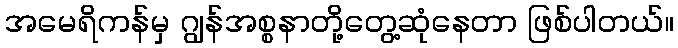
အမေရိကန်မှ ဂျွန်အစ္စနာတို့တွေ့ဆုံနေတာ ဖြစ်ပါတယ်။